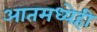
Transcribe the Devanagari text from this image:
आतमध्येही